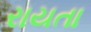
રાયતા